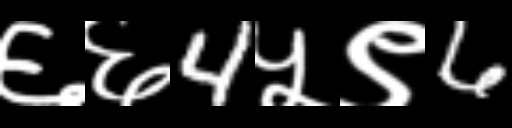
Text: ६६4५९6